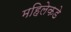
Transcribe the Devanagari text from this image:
महिलेकडे